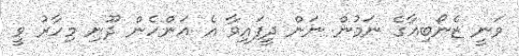
ވަނީ ޒެނޯބިއާގެ ނަމުން ނަން ދީފައިވާ އެ އަންހެން ދޫނި މިހާރު ވީ